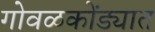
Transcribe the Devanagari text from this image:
गोवळकोंड्यात